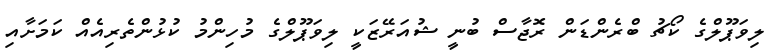
ލިވަޕޫލްގެ ކޯޗު ބްރެންޑަން ރޮޖާސް ބުނީ ޝުއަރޭޒަކީ ލިވަޕޫލްގެ މުހިންމު ކުޅުންތެރިއެއް ކަމަށާއި